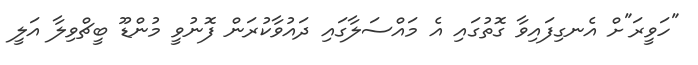
"ހަވީރަ"ށް އެނގިފައިވާ ގޮތުގައި އެ މައްސަލާގައި ދައުވާކުރަން ފޮނުވީ މުންޑޫ ބީޗްވިލާ އަލީ